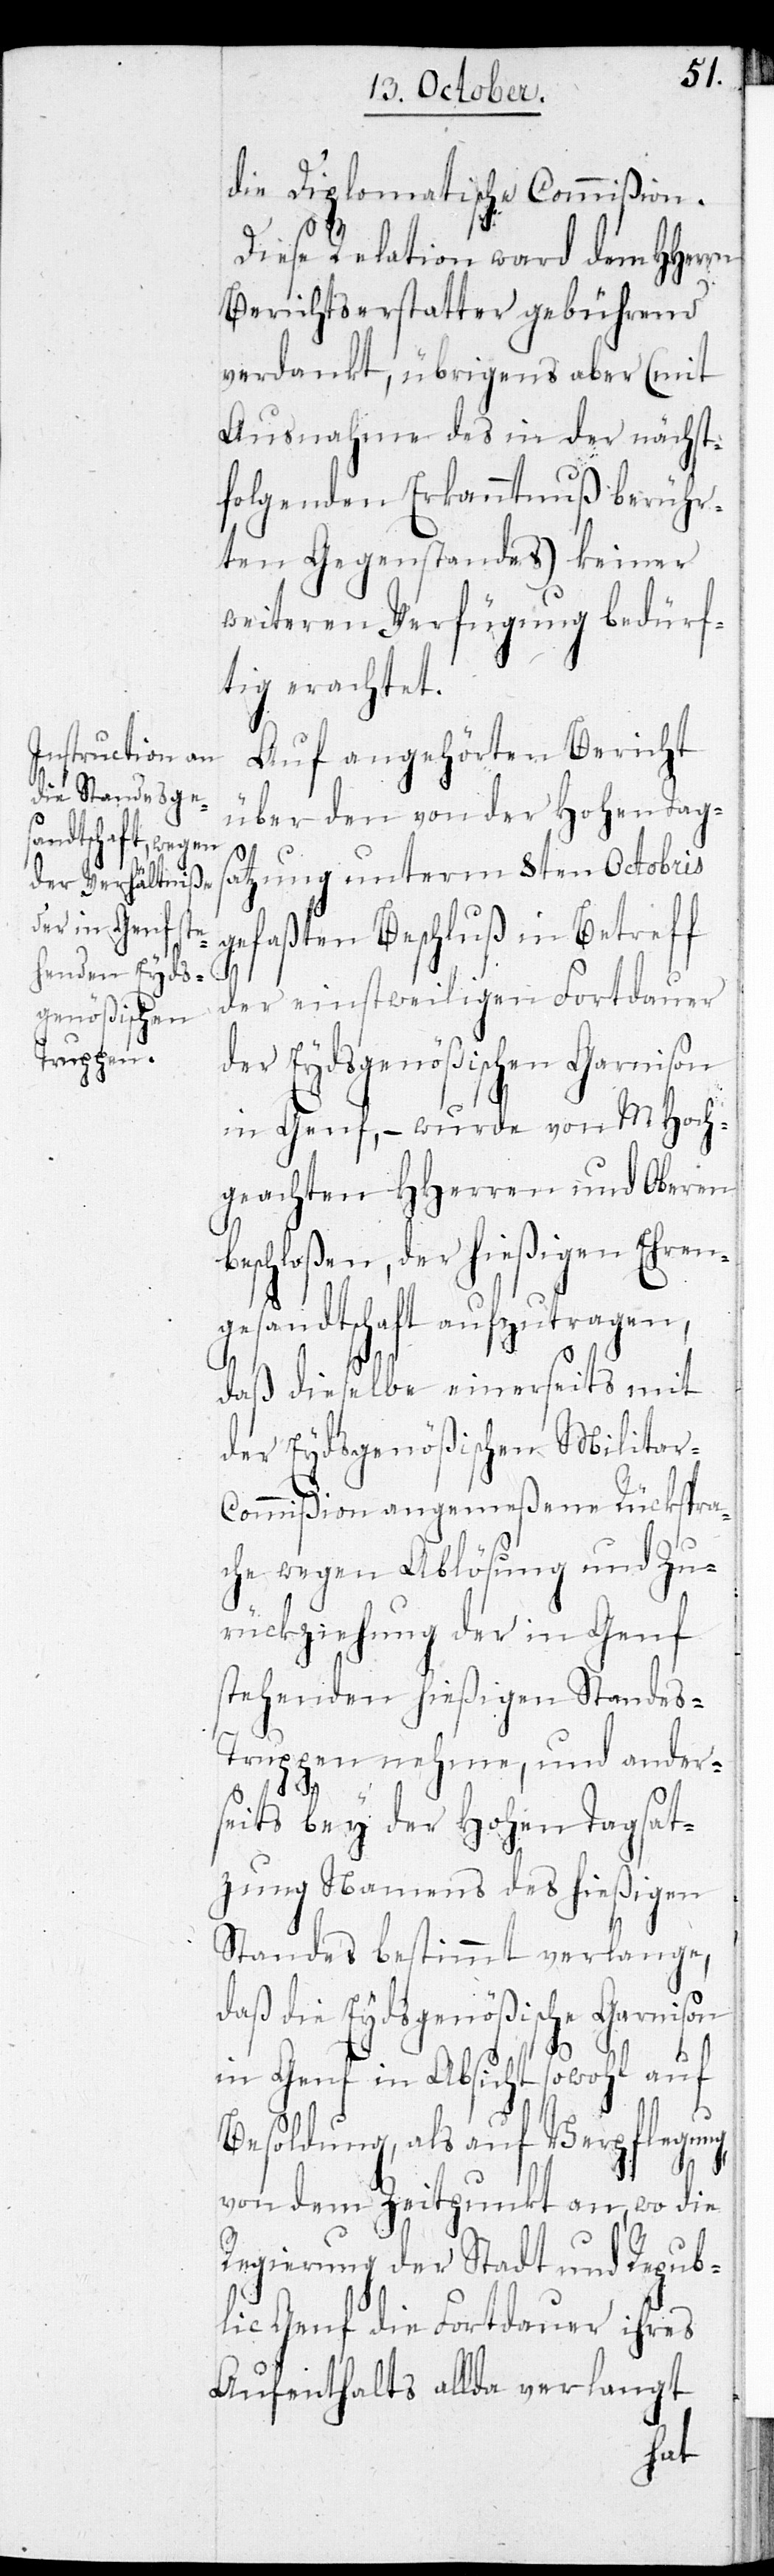
die Diplomatische Commißion.
Diese Relation ward dem HHerrn
Berichtserstatter gebührend
verdankt, übrigens aber (mit
Ausnahme des in der nächst¬
folgenden Erkanntnuß berühr¬
ten Gegenstandes) keiner
weiteren Verfügung bedürf¬
tig erachtet.
Auf angehörten Bericht
über den von der Hohen Tags¬
atzung unterm 8ten Octobris
gefaßten Beschluß in Betreff
der einstweiligen Fortdauer
der Eydsgenößischen Garnison
in Genf, – wurde von MHoch¬
geachten HHerren und Oberen
eschloßen, der hießigen Ehren¬
gesandtschaft aufzutragen,
daß dieselbe einerseits mit
der Eydsgenößischen Militar-C¬
ommißion angemeßene Rückspra¬
che wegen Ablösung und Zu¬
rückziehung der in Genf
stehenden hießigen Standes-T¬
ruppen nehme, und ander¬
seits bey der Hohen Tagsat¬
zung Namens des hießigen
Standes bestimmt verlange,
daß die Eydsgenößische Garnison
in Genf in Absicht sowohl auf
Besoldung, als auf Verpflegung
b¬
von dem Zeitpunkt an, wo die
Regierung der Stadt und Republ¬
ic Genf die Fortdauer ihres
Aufenthalts allda verlangt